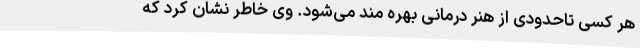
هر کسی تاحدودی از هنر درمانی بهره مند می‌شود. وی خاطر نشان کرد که